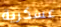
عسكرية